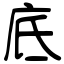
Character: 底